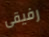
رفيقى